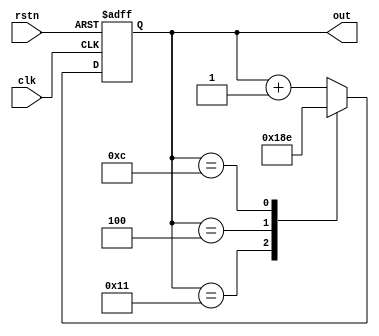
module counter 
(
    input clk,
    input rstn,
    output reg[5:0] out
);
always @(posedge clk, negedge rstn) begin
    if(!rstn) begin
        out <= 0;
    end else begin
        case(out)
            17: out <= 0;
            4: out <= 6;
            12: out <= 14;
            default: out <= out + 1;
        endcase

        
    end
end

endmodule